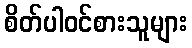
စိတ်ပါဝင်စားသူများ